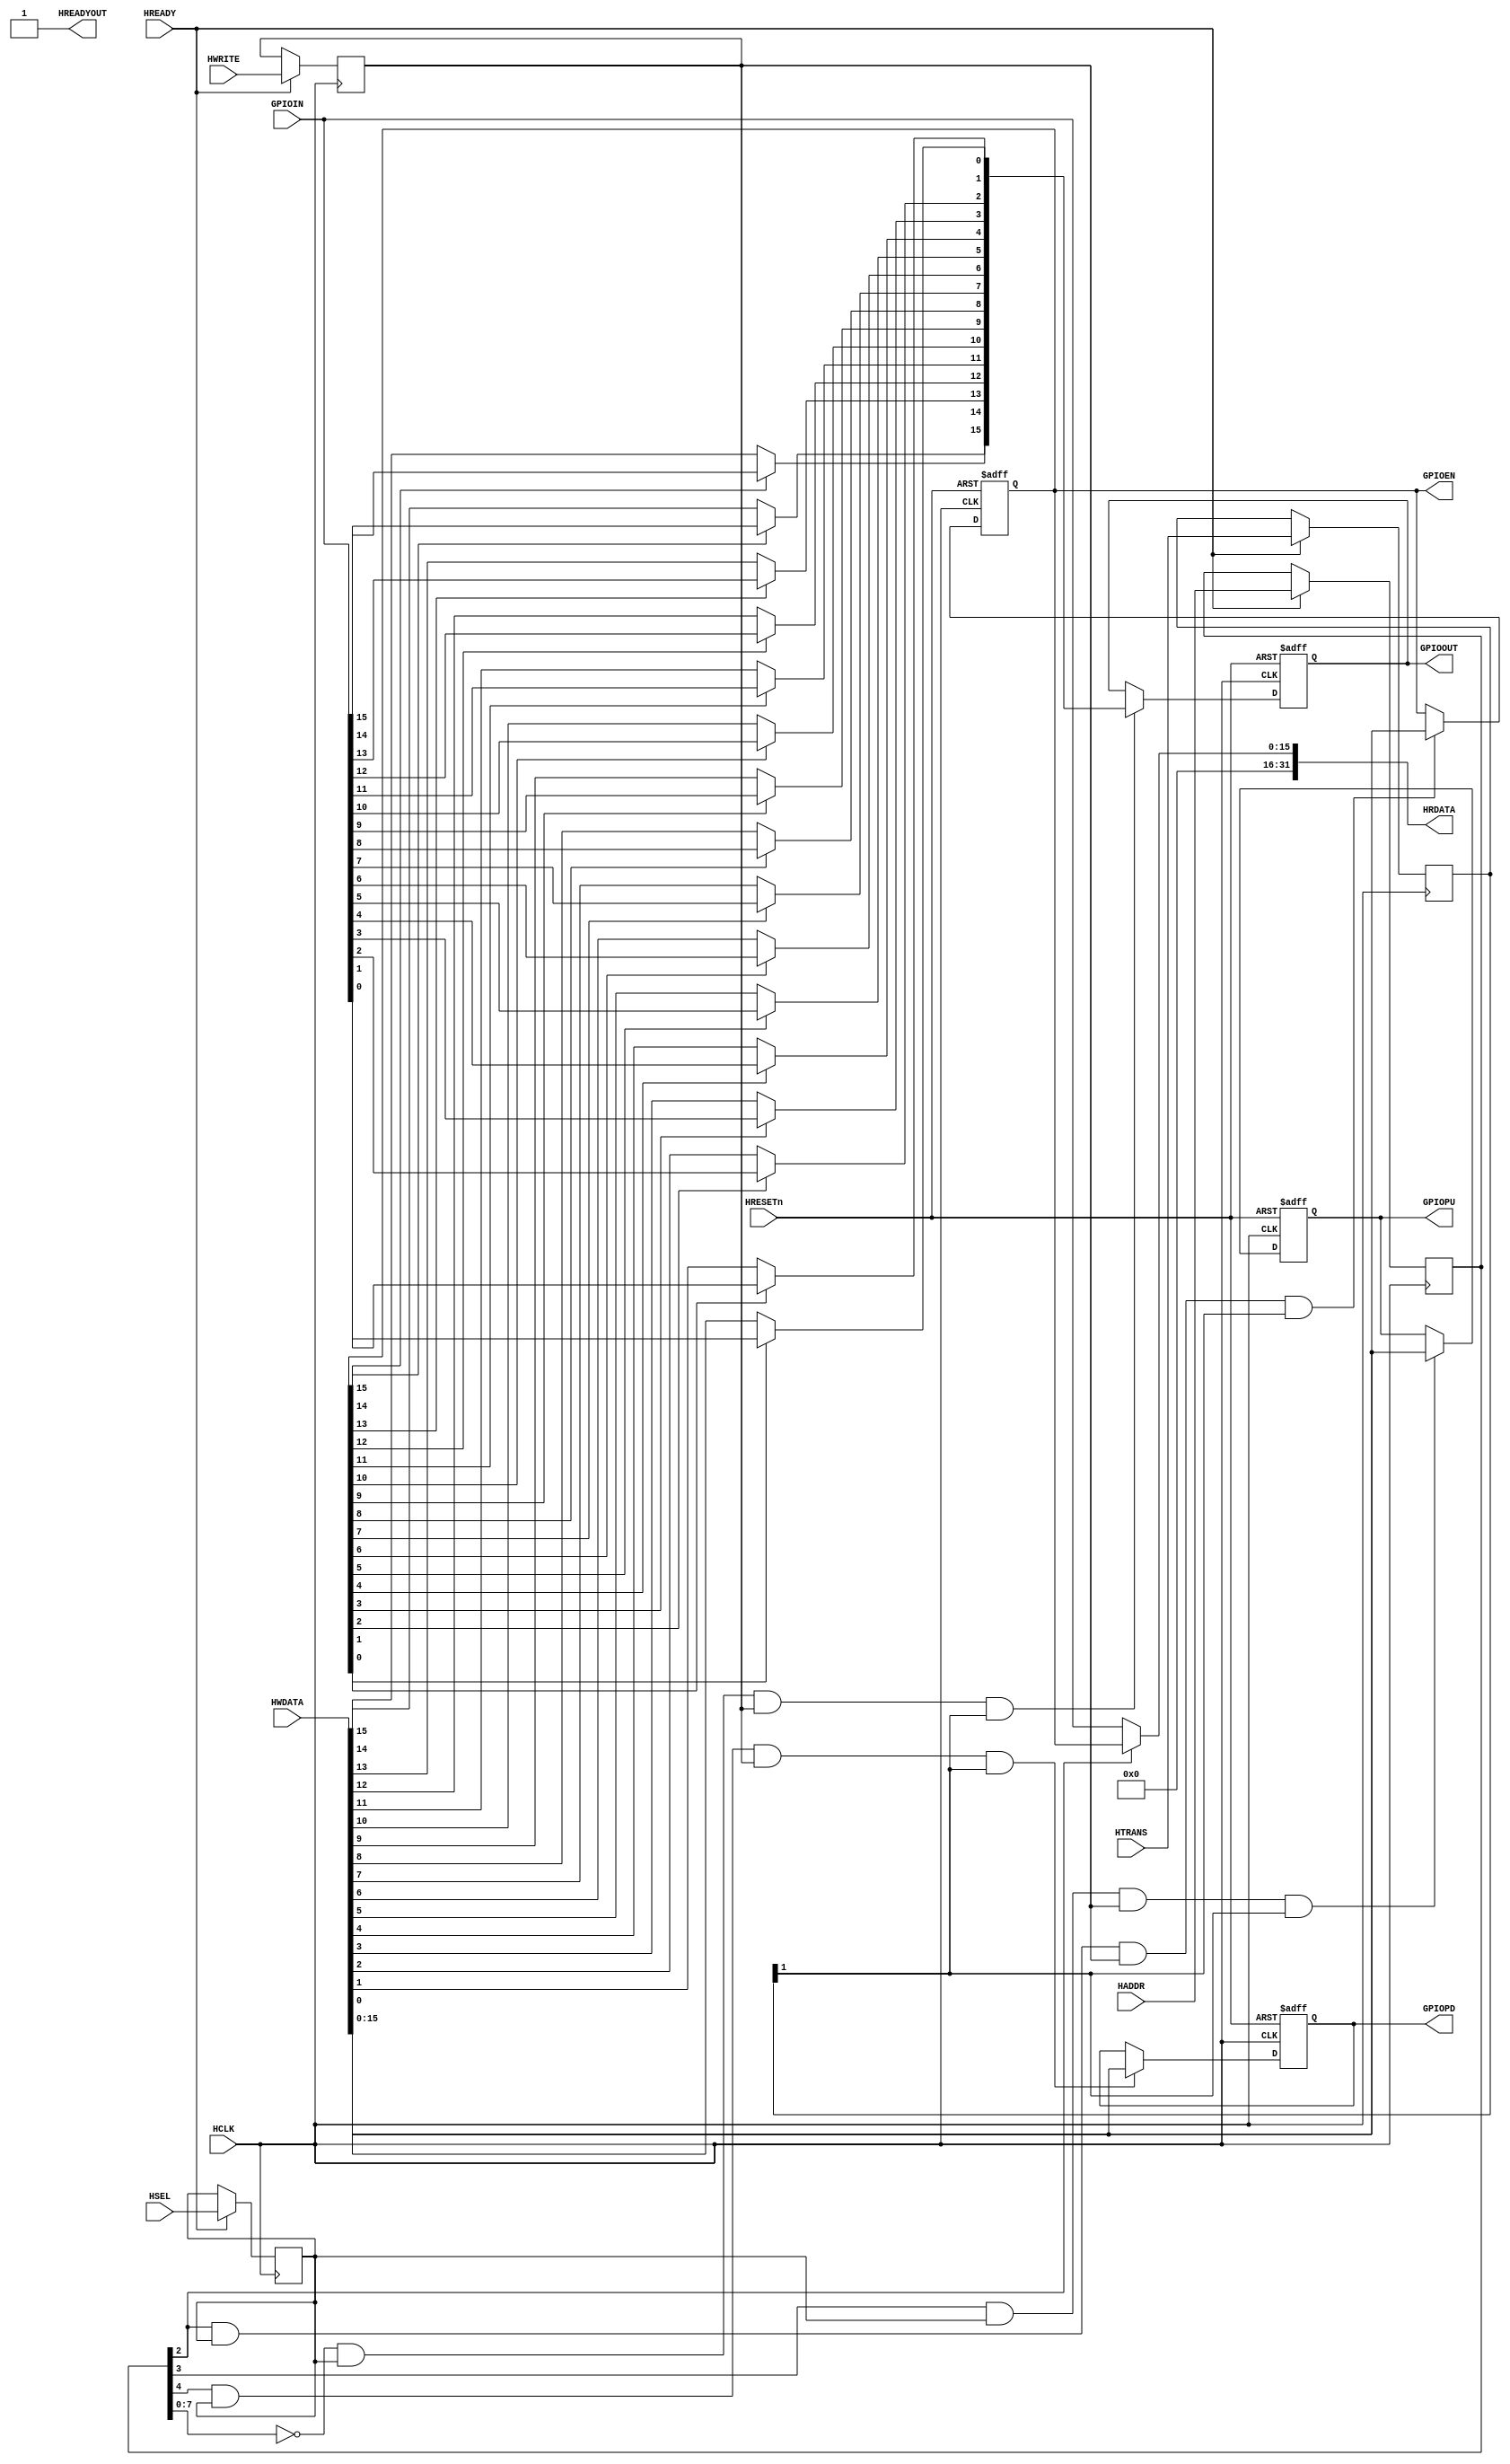
/*******************************************************************
 *
 * Module: AHB2GPIO.v
 * Project: Raptor
 * Description: AHB 16-bit bi-directional GPIO with EN, PU and PD support
 *
 **********************************************************************/

module AHB2GPIO (
	input wire 			HCLK,
	input wire 			HRESETn,
	input wire [31:0] 	HADDR,
	input wire [1:0] 	HTRANS,
	input wire [31:0] 	HWDATA,
	input wire 			HWRITE,
		input wire 			HSEL,
		input wire 			HREADY,
	
	output wire 		HREADYOUT,
	output wire 		[31:0] HRDATA,

		// GPIO Ports
		input 	wire [15:0] GPIOIN,
		output 	wire [15:0] GPIOOUT,
		output 	wire [15:0] GPIOPU,
		output 	wire [15:0] GPIOPD,
		output 	wire [15:0] GPIOEN
		
	);

	reg [15:0] gpio_data, gpio_data_next;   // Address 0: Port Data
		reg [15:0] gpio_dir;                    // Address 4: Port direction; 1:i/p, 0:o/p
		reg [15:0] gpio_pu, gpio_pd;	        // PU (Address: 8) & PD (Address: 16) enable registers @ 8 and 16 respectively


		assign GPIOEN 	= gpio_dir;
		assign GPIOPU 	= gpio_pu;
		assign GPIOPD 	= gpio_pd;
		assign GPIOOUT 	= gpio_data;
	
		assign HREADYOUT = 1'b1;

		reg [31:0] 	last_HADDR;
		reg [1:0] 	last_HTRANS;
		reg 		last_HWRITE;
		reg 		last_HSEL;
	
		always @(posedge HCLK) begin
			if(HREADY) begin
					last_HADDR <= HADDR;
					last_HTRANS <= HTRANS;
					last_HWRITE <= HWRITE;
					last_HSEL <= HSEL;
			end
		end
	

		// The GPIO Direction Register (0: o/p, 1: i/p)
		always @(posedge HCLK, negedge HRESETn)
		begin
			if(!HRESETn)
					gpio_dir <= 16'b0;
			else if((last_HADDR[2]) & last_HSEL & last_HWRITE & last_HTRANS[1])
					gpio_dir <= HWDATA[15:0];
		end


		// The GPIO PU Register
		always @(posedge HCLK, negedge HRESETn)
		begin
			if(!HRESETn)
					gpio_pu <= 16'b0;
			else if((last_HADDR[3]) & last_HSEL & last_HWRITE & last_HTRANS[1])
					gpio_pu <= HWDATA[15:0];
		end


		// The GPIO PD Register
		always @(posedge HCLK, negedge HRESETn)
		begin
			if(!HRESETn)
					gpio_pd <= 16'b0;
			else if((last_HADDR[4]) & last_HSEL & last_HWRITE & last_HTRANS[1])
					gpio_pd <= HWDATA[15:0];
		end
	
		// The GPIO Data
	always @(posedge HCLK, negedge HRESETn)
		begin
			if(!HRESETn)
					gpio_data <= 16'b0;
			else if((last_HADDR[7:0]==8'd0) & last_HSEL & last_HWRITE & last_HTRANS[1])
					gpio_data <= gpio_data_next;
		end
		
	integer i;
		always @*
		begin
				for(i=0;i<16;i=i+1)
				begin
					if(gpio_dir[i] == 1'b1)
						gpio_data_next[i] = GPIOIN[i];
					else if((last_HADDR[7:0]==8'd0) & last_HSEL & last_HWRITE & last_HTRANS[1])
						gpio_data_next[i] = HWDATA[i];
					else
						gpio_data_next[i] = gpio_data[i];
				end
		end
		
		assign HRDATA[31:0] = (~last_HADDR[2]) ? {16'h0, GPIOIN} : {16'h0, gpio_dir};

endmodule